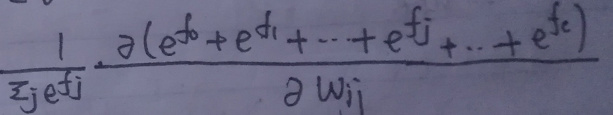
\[
\frac{1}{\sum_{j} e^{f_{i}}} \cdot \frac{\partial\left(e^{f_{0}} + e^{f_{1}}+\cdots+e^{f_{j}}+\cdots+e^{f_{c}}\right)}{\partial w_{ij}}
\]